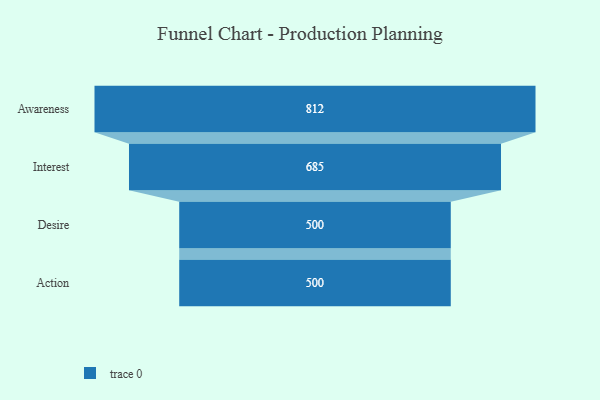
{"axis": {"x": "Stage", "y": "Value"}, "legend": [""], "data": [{"x": "Awareness", "y": 812.0, "type": ""}, {"x": "Interest", "y": 685.0, "type": ""}, {"x": "Desire", "y": 500, "type": ""}, {"x": "Action", "y": 500, "type": ""}]}